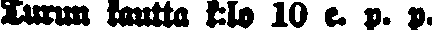
Turun kautta k:lo 10 e. p. p.